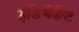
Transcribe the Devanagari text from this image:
इंङिपेंङेंट